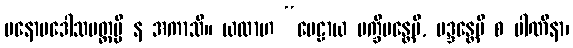
မနောပဒေါသမတ္တမ္ပိ န အကာသိ။ ယထာဟ “ပေဠာယ ပက္ခိပန္တေပိ, မဒ္ဒန္တေပိ စ ပါဏိနာ၊